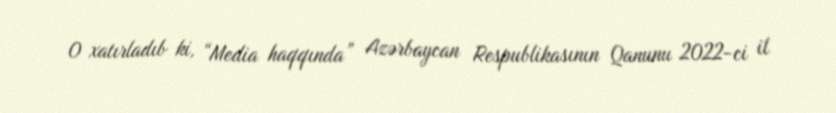
O xatırladıb ki, “Media haqqında” Azərbaycan Respublikasının Qanunu 2022-ci il